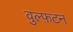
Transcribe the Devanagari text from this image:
वुल्फ़टन